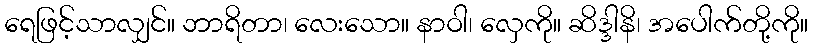
ရေဖြင့်သာလျှင်။ ဘာရိတာ၊ လေးသော။ နာဝါ၊ လှေကို။ ဆိဒ္ဒါနိ၊ အပေါက်တို့ကို။